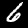
Digit: 6